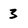
Character: 3